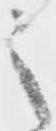
之